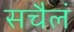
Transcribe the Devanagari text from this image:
सचैलं